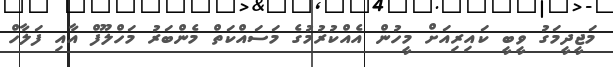
މަޖީދީމަގު ވީބީ ކައިރިއަށް މީހުން އެއްކުރުމުގެ މަސައްކަތް މެންބަރު މަހްލޫފް އާއި ފަލާހް